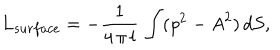
L _ { s u r f a c e } = - \frac { 1 } { 4 \, \pi \, l } \, \int ( { \it p } ^ { 2 } - { \it A } ^ { 2 } ) \, d S ,